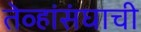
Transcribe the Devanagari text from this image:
तेव्हांसंघाची